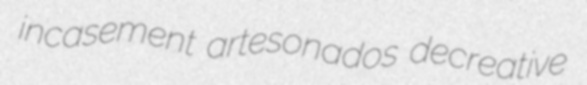
incasement artesonados decreative